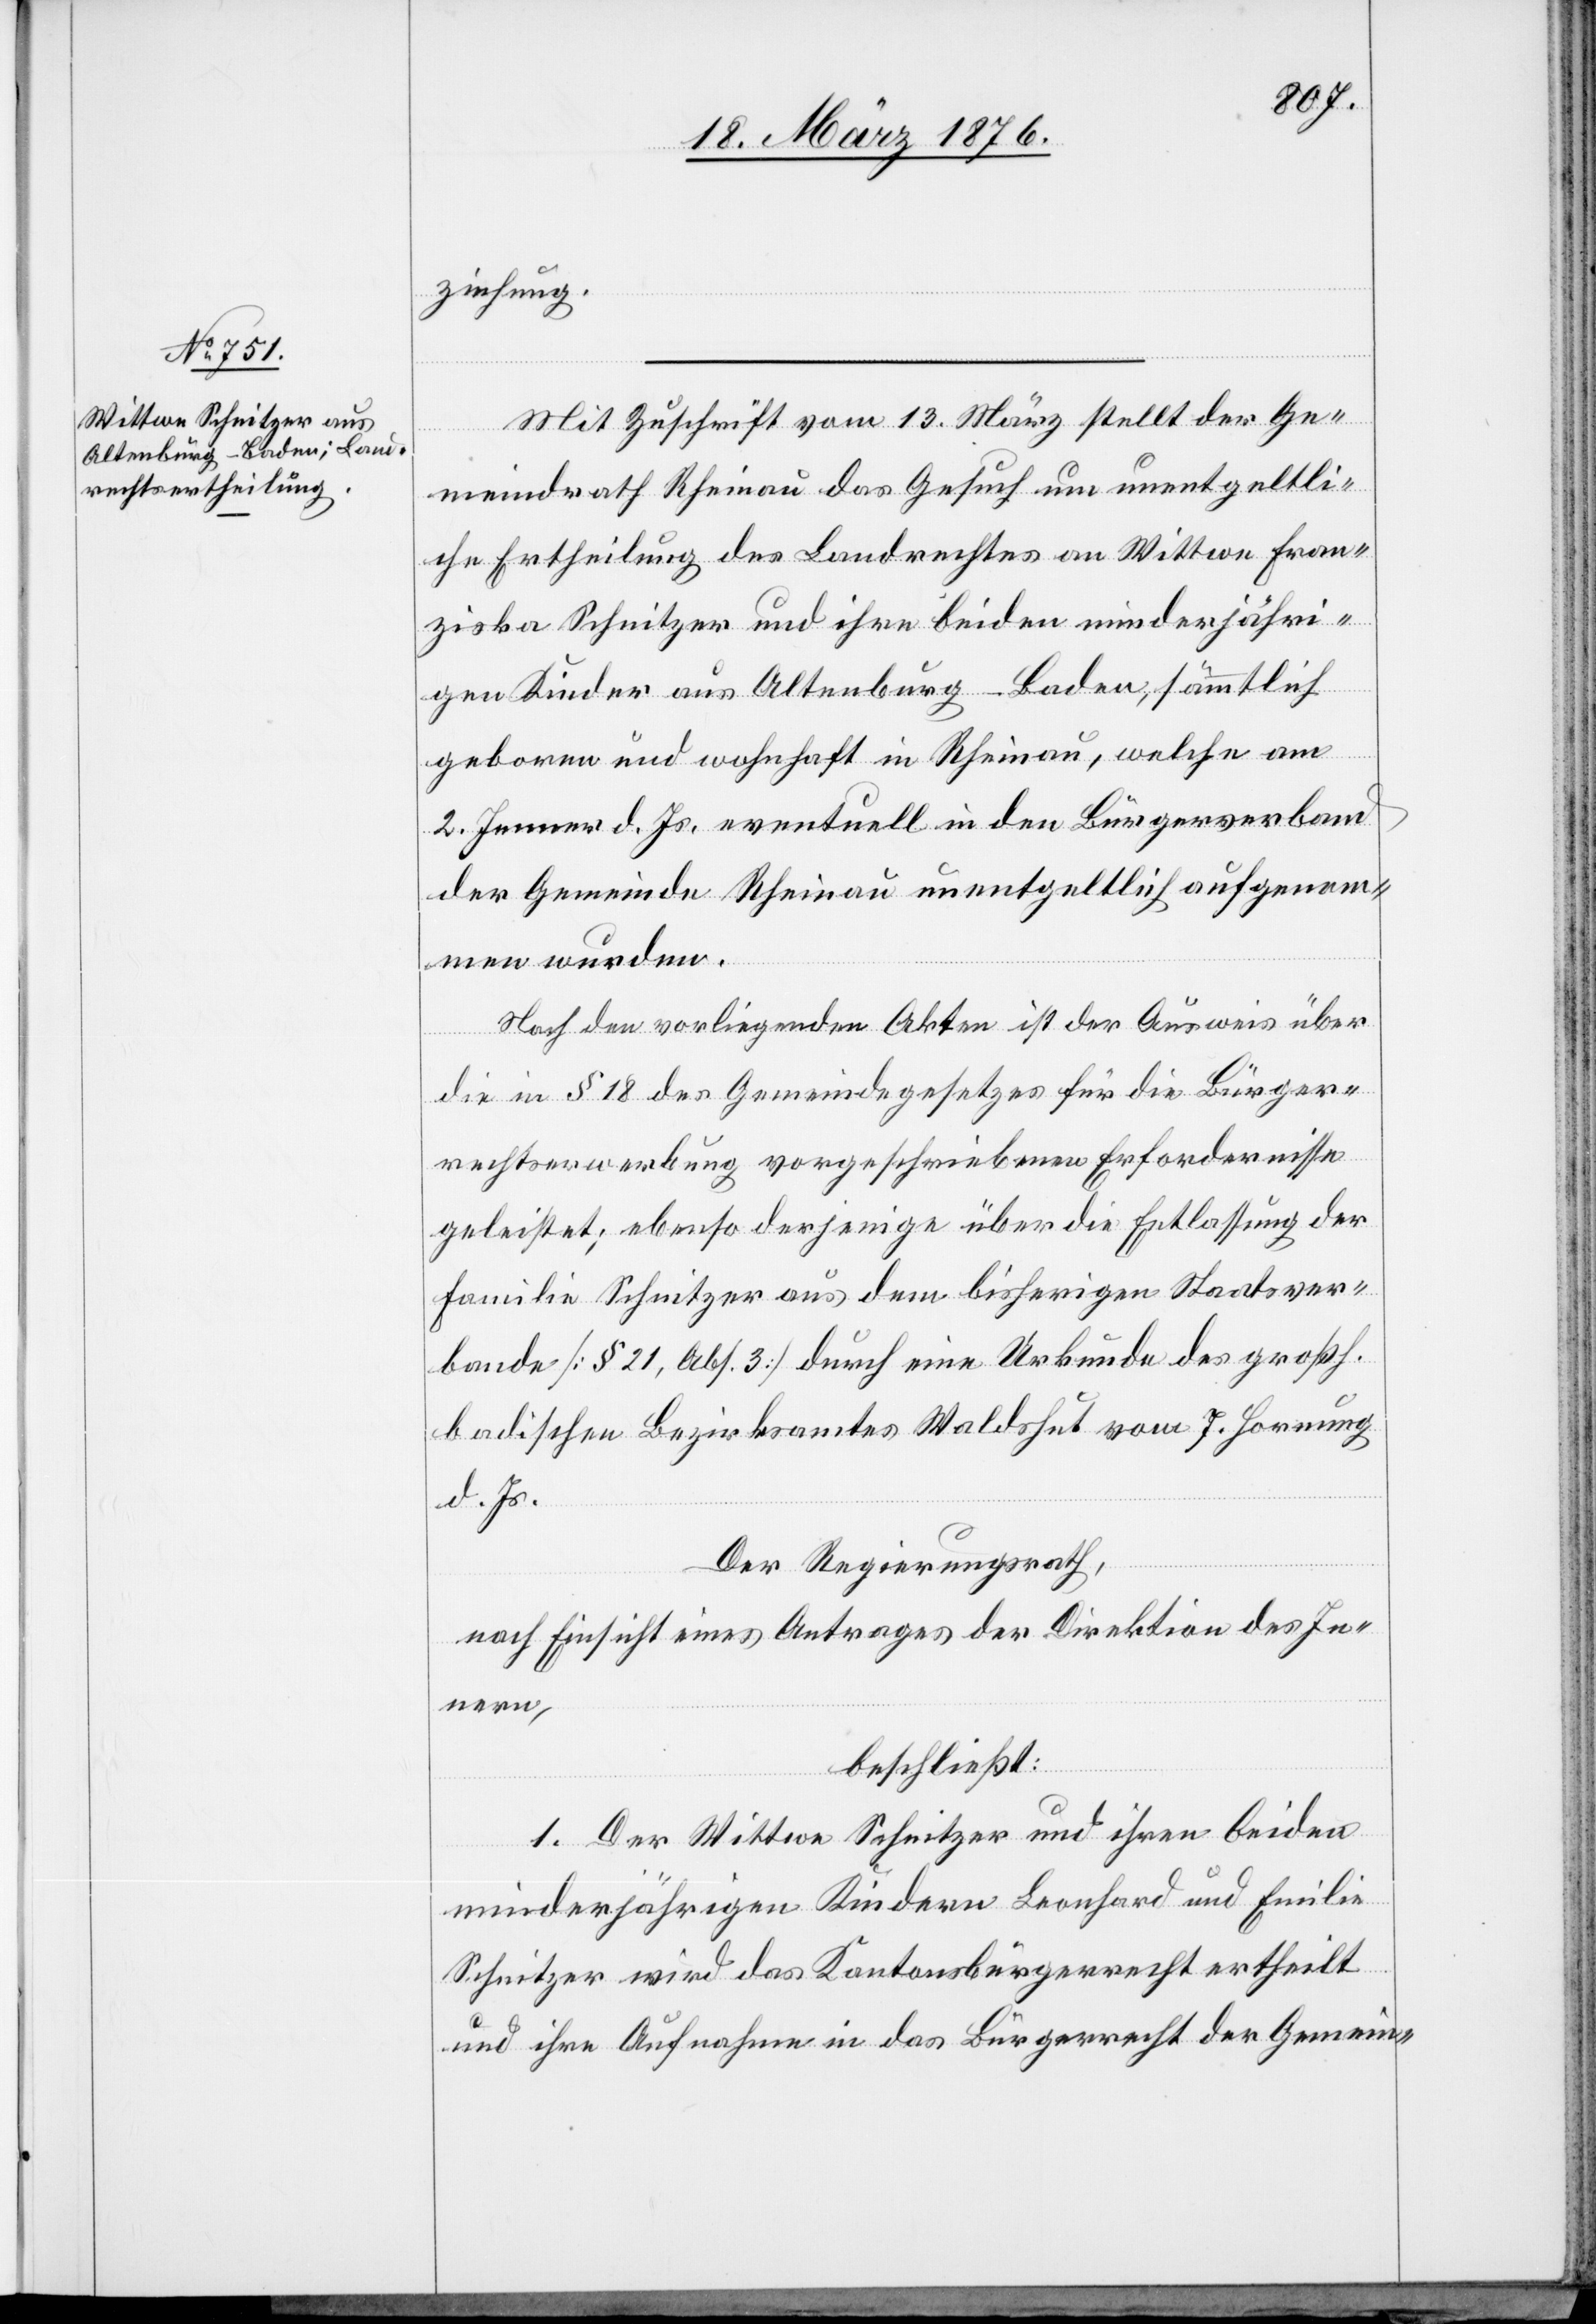
ziehung.
Mit Zuschrift vom 13. März stellt der Ge¬
meindrath Rheinau das Gesuch um unentgeltli¬
che Ertheilung des Landrechtes an Wittwe Fran¬
ziska Schnitzer und ihre beiden minderjähri¬
gen Kinder aus Altenburg - Baden, sämmtlich
geboren und wohnhaft in Rheinau, welche am
2. Jenner d. Js. eventuell in den Bürgerverband
der Gemeinde Rheinau unentgeltlich aufgenom¬
men wurden.
Nach den vorliegenden Akten ist der Ausweis über
die in § 18 des Gemeindegesetzes für die Bürger¬
rechtserwerbung vorgeschriebenen Erfordernisse
geleistet; ebenso derjenige über die Entlassung der
Familie Schnitzer aus dem bisherigen Staatsver¬
bande [§ 21, Abs. 3] durch eine Urkunde des großh.
badischen Bezirksamtes Waldshut vom 7. Hornung
d. Js.
Der Regierungsrath,
nach Einsicht eines Antrages der Direktion des In¬
nern,
beschließt:
1. Der Wittwe Schnitzer und ihren beiden
minderjährigen Kindern Leonhard und Emilie
Schnitzer wird das Kantonsbürgerrecht ertheilt
und ihre Aufnahme in das Bürgerrecht der Gemein-